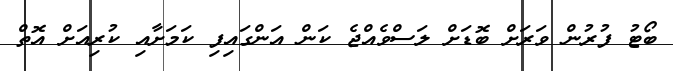
ބޯޓު ފުރުން ވަރަށް ބޮޑަށް ލަސްވެއްޖެ ކަން އަންގައިފި ކަމަށާއި ކުރިއަށް އޮތް